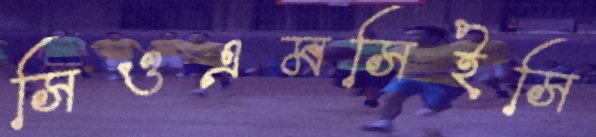
সিওএমসিইসি